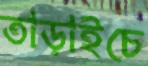
তাড়াইচে